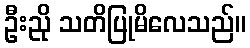
ဦးညို သတိပြုမိလေသည်။